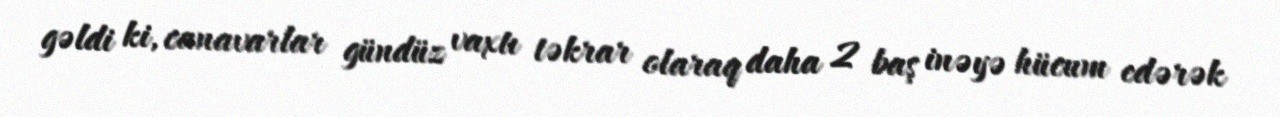
gəldi ki, canavarlar gündüz vaxtı təkrar olaraq daha 2 baş inəyə hücum edərək